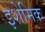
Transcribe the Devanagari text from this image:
इशेमिक